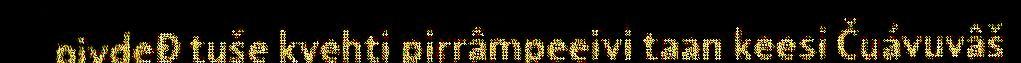
pivdeđ tuše kyehti pirrâmpeeivi taan keesi Čuávuvâš